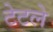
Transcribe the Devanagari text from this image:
टेटले